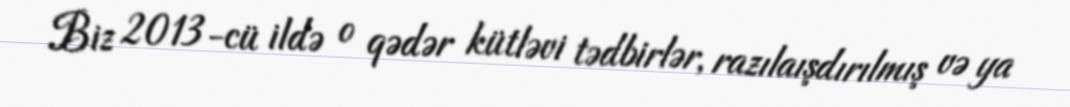
Biz 2013-cü ildə o qədər kütləvi tədbirlər, razılaışdırılmış və ya